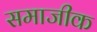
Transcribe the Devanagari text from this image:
समाजीक